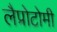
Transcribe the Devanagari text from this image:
लैप्रोटोमी